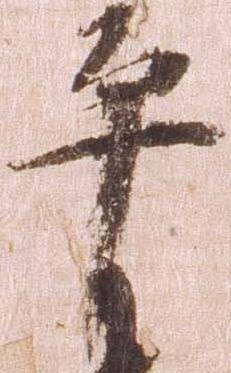
平